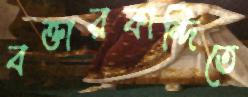
বক্তারকান্দিতে